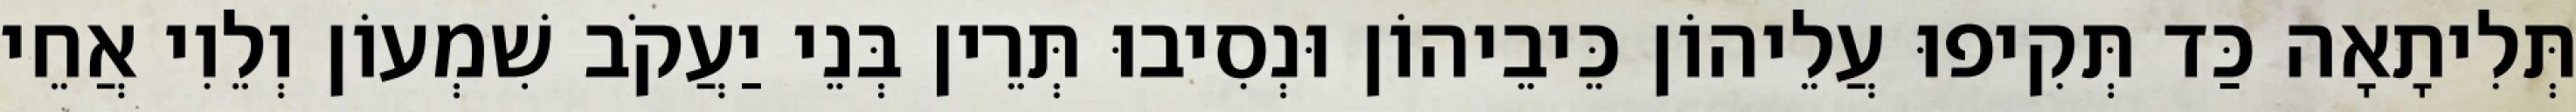
תְּלִיתָאָה כַּד תְּקִיפוּ עֲלֵיהוֹן כֵּיבֵיהוֹן וּנְסִיבוּ תְּרֵין בְּנֵי יַעֲקֹב שִׁמְעוֹן וְלֵוִי אֲחֵי